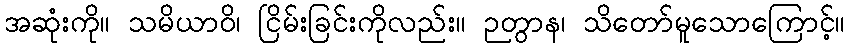
အဆုံးကို။ သမိယာဝိ၊ ငြိမ်းခြင်းကိုလည်း။ ဉတွာန၊ သိတော်မူသောကြောင့်။